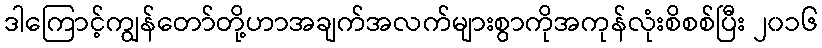
ဒါကြောင့်ကျွန်တော်တို့ဟာအချက်အလက်များစွာကိုအကုန်လုံးစိစစ်ပြီး ၂၀၁၆